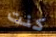
كنت